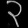
Digit: ၃